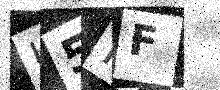
Text: U5NF